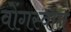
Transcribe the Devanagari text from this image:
वोंगस्वात